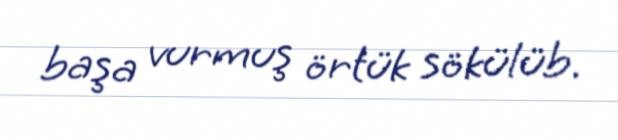
başa vurmuş örtük sökülüb.